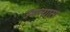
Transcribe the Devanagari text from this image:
उमन्यास